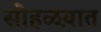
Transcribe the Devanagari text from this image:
सोहळय़ात